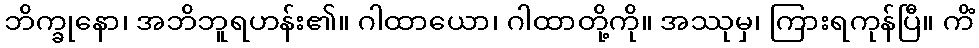
ဘိက္ခုနော၊ အဘိဘူရဟန်း၏။ ဂါထာယော၊ ဂါထာတို့ကို။ အဿုမှ၊ ကြားရကုန်ပြီ။ ကိံ